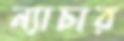
ন্যাচার